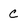
Character: c